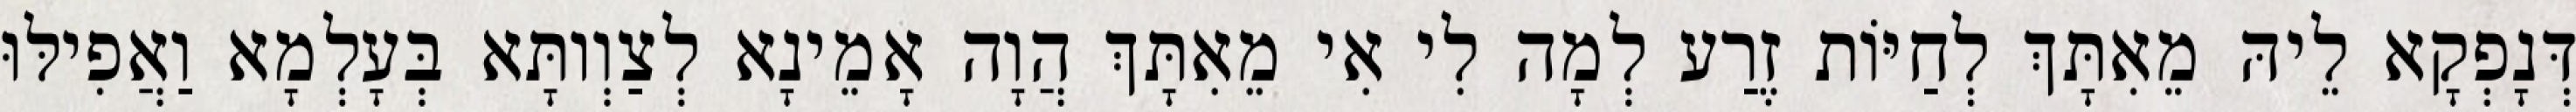
דְּנָפְקָא לֵיהּ מֵאִתָּךְ לְחַיּוֹת זֶרַע לְמָה לִי אִי מֵאִתָּךְ הֲוָה אָמֵינָא לְצַוְותָּא בְּעָלְמָא וַאֲפִילּוּ